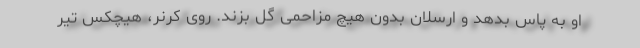
او به پاس بدهد و ارسلان بدون هیچ مزاحمی گل بزند. روی کرنر، هیچکس تیر